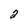
Character: 2